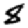
Digit: 8